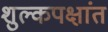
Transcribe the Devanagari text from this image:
शुल्कपक्षांत